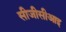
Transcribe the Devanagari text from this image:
सीजीसीआइ